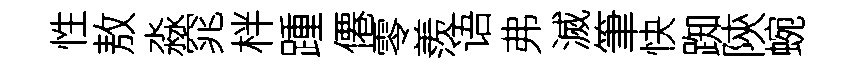
性敖淼窕柈踵僊零羨语弗滅筆快踟陝蜿